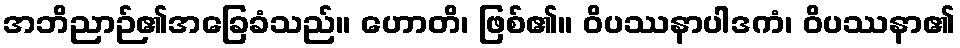
အဘိညာဉ်၏အခြေခံသည်။ ဟောတိ၊ ဖြစ်၏။ ဝိပဿနာပါဒကံ၊ ဝိပဿနာ၏